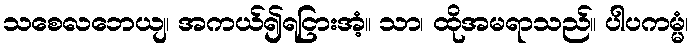
သစေလဘေယျ၊ အကယ်၍ရငြားအံ့။ သာ၊ ထိုအမရာသည်။ ပါပကမ္မံ၊